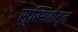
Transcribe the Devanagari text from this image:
सुस्थितीतून